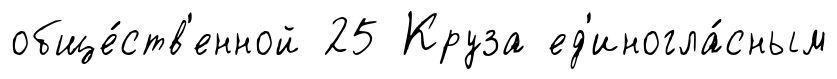
обще́ств'енной 25 Круза ед'иногла́сным